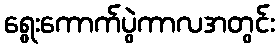
ရွေးကောက်ပွဲကာလအတွင်း